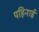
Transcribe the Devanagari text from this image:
पहिनाई